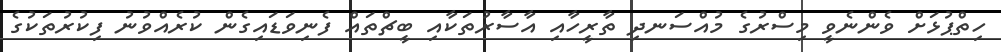
ހިތްޕުޅަށް ވެންނެވީ މިސްރުގެ މުއްސަނދި ތާރީހާއި އާސާރުތަކާއި ބީޗްތައް ފެނިވަޑައިގެން ކުރެއްވުނު ފިކުރުތަކުގެ